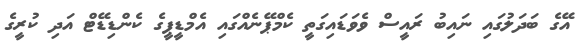
އޭގެ ބަދަލުގައި ނައިބު ރައީސް ވެވަޑައިގަތީ ކެމްޕޭނެއްގައި އެމްޑީޕީގެ ކެންޑިޑޭޓް އަދި ކުރީގެ